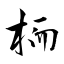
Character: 栭